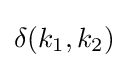
\delta (k_{1},k_{2})